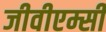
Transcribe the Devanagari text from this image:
जीवीएम्सी